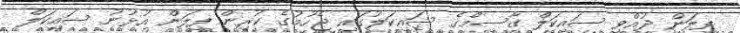
ފިލަން ދުއްވި ސައިކަލް ގާސިމްގެ ސައިކަލުގައި ޖެހުމުގެ ކުރިން ފިލަން އުޅުނު ސައިކަލް